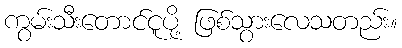
ကွမ်းသီးတောင်ငူပို့ ဖြစ်သွားလေသတည်း။